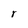
Character: r